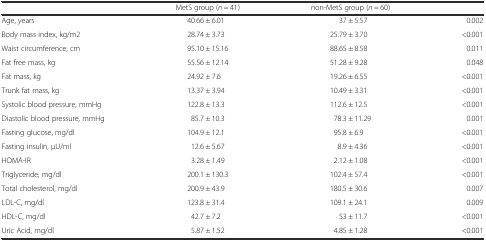
<table><thead><tr><td>[EMPTY_CELL]</td><td><b>MetS group (<i>n</i> = 41)</b></td><td><b>non-MetS group (<i>n</i> = 60)</b></td><td>[EMPTY_CELL]</td></tr></thead><tbody><tr><td>Age, years</td><td>40.66 ± 6.01</td><td>37 ± 5.57</td><td>0.002</td></tr><tr><td>Body mass index, kg/m2</td><td>28.74 ± 3.73</td><td>25.79 ± 3.70</td><td>&lt;0.001</td></tr><tr><td>Waist circumference, cm</td><td>95.10 ± 15.16</td><td>88.65 ± 8.58</td><td>0.011</td></tr><tr><td>Fat free mass, kg</td><td>55.56 ± 12.14</td><td>51.28 ± 9.28</td><td>0.048</td></tr><tr><td>Fat mass, kg</td><td>24.92 ± 7.6</td><td>19.26 ± 6.55</td><td>&lt;0.001</td></tr><tr><td>Trunk fat mass, kg</td><td>13.37 ± 3.94</td><td>10.49 ± 3.31</td><td>&lt;0.001</td></tr><tr><td>Systolic blood pressure, mmHg</td><td>122.8 ± 13.3</td><td>112.6 ± 12.5</td><td>&lt;0.001</td></tr><tr><td>Diastolic blood pressure, mmHg</td><td>85.7 ± 10.3</td><td>78.3 ± 11.29</td><td>0.001</td></tr><tr><td>Fasting glucose, mg/dl</td><td>104.9 ± 12.1</td><td>95.8 ± 6.9</td><td>&lt;0.001</td></tr><tr><td>Fasting insulin, μU/ml</td><td>12.6 ± 5.67</td><td>8.9 ± 4.36</td><td>&lt;0.001</td></tr><tr><td>HOMA-IR</td><td>3.28 ± 1.49</td><td>2.12 ± 1.08</td><td>&lt;0.001</td></tr><tr><td>Triglyceride, mg/dl</td><td>200.1 ± 130.3</td><td>102.4 ± 57.4</td><td>&lt;0.001</td></tr><tr><td>Total cholesterol, mg/dl</td><td>200.9 ± 43.9</td><td>180.5 ± 30.6</td><td>0.007</td></tr><tr><td>LDL-C, mg/dl</td><td>123.8 ± 31.4</td><td>109.1 ± 24.1</td><td>0.009</td></tr><tr><td>HDL-C, mg/dl</td><td>42.7 ± 7.2</td><td>53 ± 11.7</td><td>&lt;0.001</td></tr><tr><td>Uric Acid, mg/dl</td><td>5.87 ± 1.52</td><td>4.85 ± 1.28</td><td>&lt;0.001</td></tr></tbody></table>